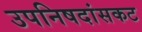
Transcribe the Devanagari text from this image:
उपनिषदांसकट